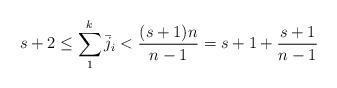
LaTeX: \begin{align*}s+2 \le \sum_1^k \bar j_i < {{(s+1)n} \over {n-1}}=s+1+{{s+1} \over {n-1}} \ \ \ \ \end{align*}